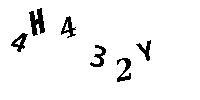
4H432Y